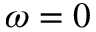
\omega = 0